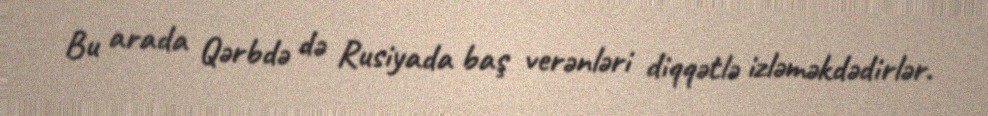
Bu arada Qərbdə də Rusiyada baş verənləri diqqətlə izləməkdədirlər.